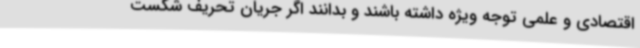
اقتصادی و علمی توجه ویژه داشته باشند و بدانند اگر جریان تحریف شکست